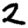
Digit: 2